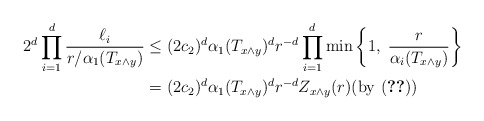
\begin{align*}2^d \prod_{i=1}^d\frac{\ell_i}{r/\alpha_1(T_{x\wedge y})}&\leq (2c_2)^d \alpha_1(T_{x\wedge y})^d r^{-d} \prod_{i=1}^d\min\left\{1,\; \frac{r}{\alpha_i(T_{x\wedge y})}\right\}\\& = (2c_2)^d \alpha_1(T_{x\wedge y})^d r^{-d} Z_{x\wedge y}(r) \mbox{(by \eqref{ef-4.2})}\end{align*}